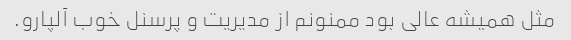
مثل همیشه عالی بود ممنونم از مدیریت و پرسنل خوب آلپارو.